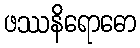
ဖဿနိရောဓော